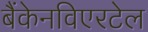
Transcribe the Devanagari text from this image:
बैंकेनविएरटेल